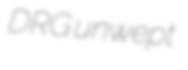
DRG unwept